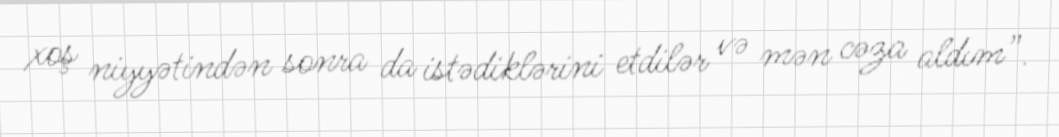
xoş niyyətindən sonra da istədiklərini etdilər və mən cəza aldım”.